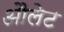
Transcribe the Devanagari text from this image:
औलेट